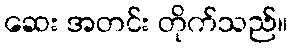
ဆေး အတင်း တိုက်သည်။